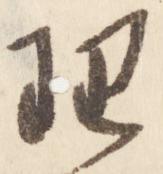
理